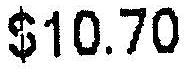
$10.70